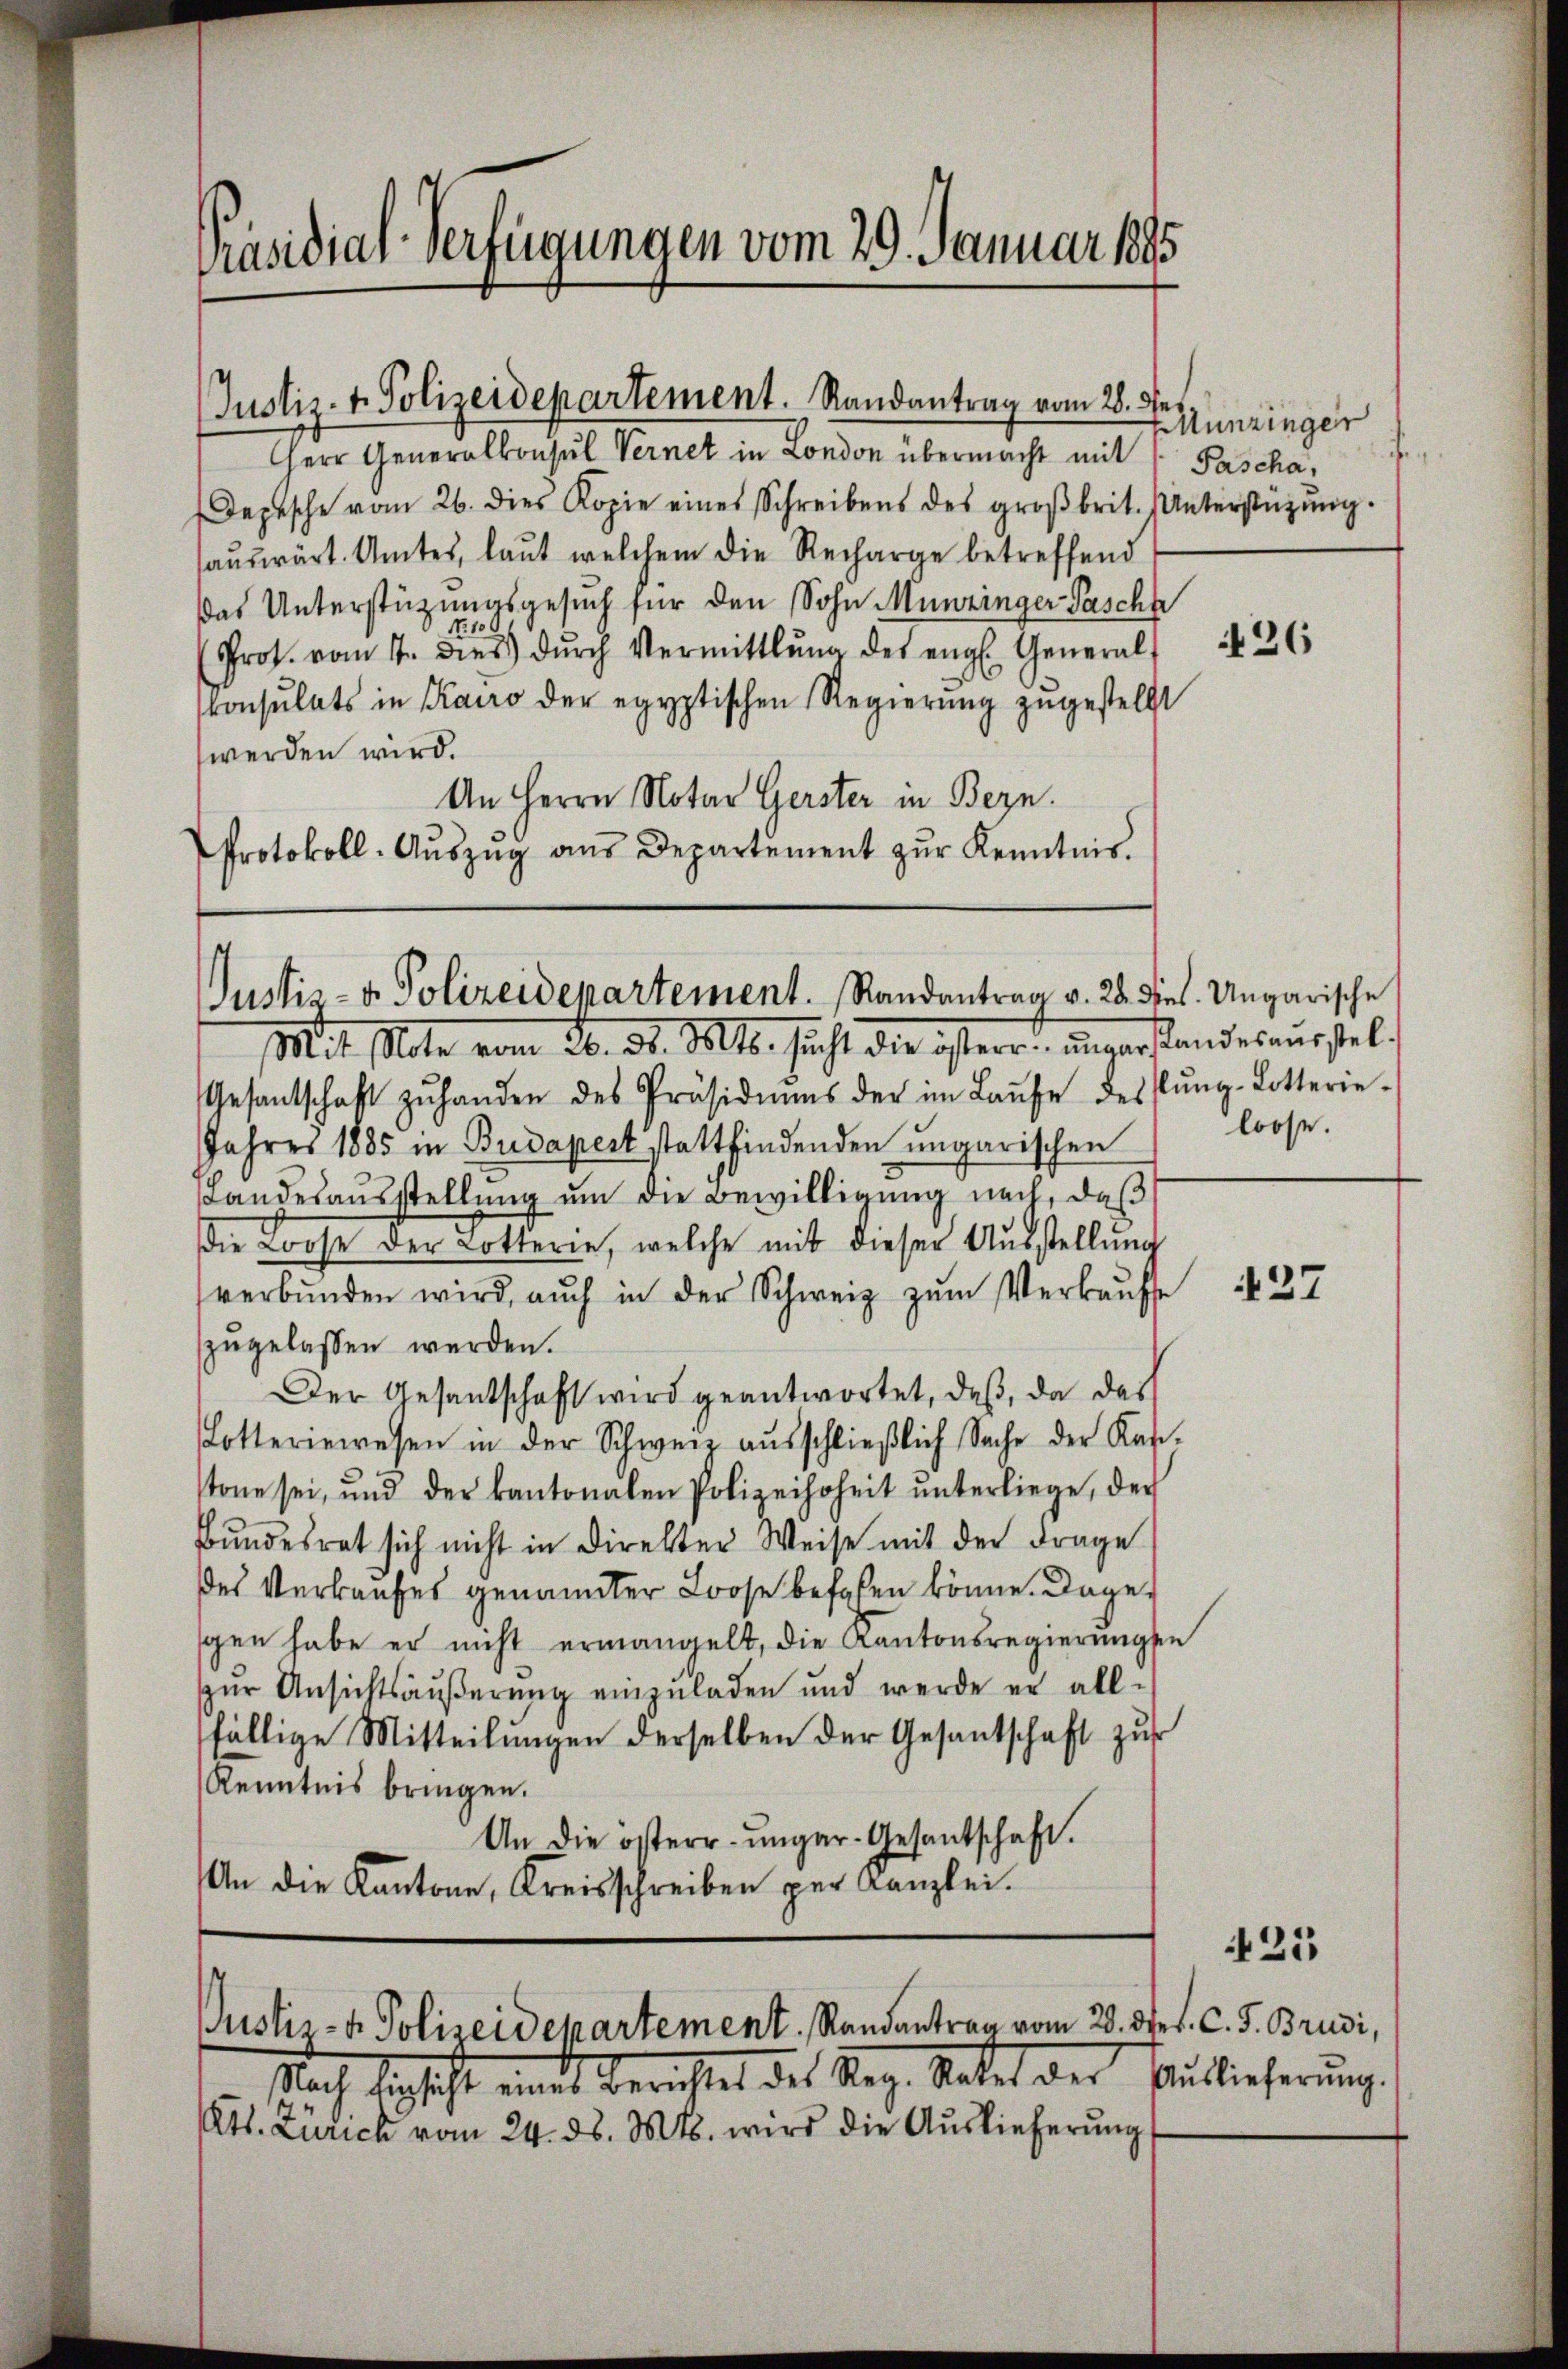
Präsidial-Verfügungen vom 29. Januar 1895

Justiz- u. Polizeidepartement. Randantrag vom 28. Je

Herr Generalkonsul Vernet in London übermacht mit Pascha,
Depesche vom 26. dies Kopie eines Schreibens des groβbrit. Unterstützŭng.
aŭswärt. Amtes, laut welchem die Recharge betreffend
Das Unterstüzungsgesuch für den Sohn Munzinger Paschh
10
Prof. vom 1. dies dŭrch Vermittlung des engl. General-
Consulats in Kairo der egyptischen Regierŭng zŭgestellt
werden wird.
An Herrn Notar Gerster in Bern.
Protokoll-Aŭszŭg aŭs Departement zŭr Kenntnis.

Justiz- & Polizeidepartement. Randantrag v. 28. Diel. Ungarische

Nach Schrift eines Berichtes des Reg. Rates der Auslieferung
(Cts. Zürich vom 24. ds. Mts. wird die Aŭslieferŭng

Mit Note vom 20. ds. Mts. sucht die österr. ŭngerstandesausstel-
Gesantschaft zŭ handen des Präsidiŭms der im Laŭfe dessŭng-Lotterie-
Jahres 1885 in Budapert stattfindenden ungarischen
Landesaŭsstellŭng ŭm die Bewilligŭng nach, daß
die Loose der Lotterie, welche mit dieser Ausstellung
verbŭnden wird, auch in der Schweiz zŭm Verkaŭf
zzugelassen werden.
Der Gesantschaft wird geantwortet, daß, da das
Lotteriewesen in der Schweiz aŭsschlieβlich Sache der Kan-
stone sei, und der kantonalen Polizeihoheit ŭnterliege, der
Bŭndesrat sich nicht in Direkter Weise mit der Frage
des Verkaufes genannter Loose befaßen könne. Dagegen habe er nicht ermangelt, die Kantonsregierungen
zur Ansichtsäußerung einzuladen und werde er all-
fällige Mitteilŭngen derselben der Gesantschaft zur
Kenntnis bringen.
An die österr. ungar-Gesandschaft.
An die Kantone, Kreisschreiben per Kanzlei.

Justiz- & Polizeidepartement. Randantrag vom 20. des C. J. Brusi,

Munzinger

loose.

26

437

425